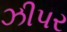
ઝીપર